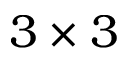
3 \times 3